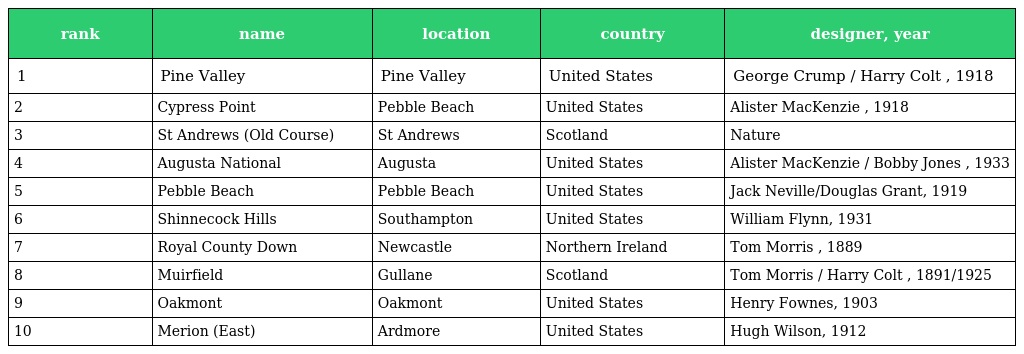
| rank | name | location | country | designer, year |
 | --- | --- | --- | --- | --- |
 | 1 | Pine Valley | Pine Valley | United States | George Crump / Harry Colt , 1918 |
 | 2 | Cypress Point | Pebble Beach | United States | Alister MacKenzie , 1918 |
 | 3 | St Andrews (Old Course) | St Andrews | Scotland | Nature |
 | 4 | Augusta National | Augusta | United States | Alister MacKenzie / Bobby Jones , 1933 |
 | 5 | Pebble Beach | Pebble Beach | United States | Jack Neville/Douglas Grant, 1919 |
 | 6 | Shinnecock Hills | Southampton | United States | William Flynn, 1931 |
 | 7 | Royal County Down | Newcastle | Northern Ireland | Tom Morris , 1889 |
 | 8 | Muirfield | Gullane | Scotland | Tom Morris / Harry Colt , 1891/1925 |
 | 9 | Oakmont | Oakmont | United States | Henry Fownes, 1903 |
 | 10 | Merion (East) | Ardmore | United States | Hugh Wilson, 1912 |